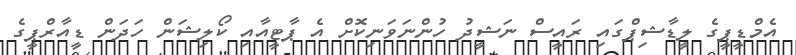
އެމްޑީޕީގެ ލީޑާޝިޕްގައި ރައީސް ނަޝީދު ހުންނަވަނިކޮށް އެ ޕާޓީއާއި ކޯލިޝަން ހަދަން ޑީއާރްޕީގެ